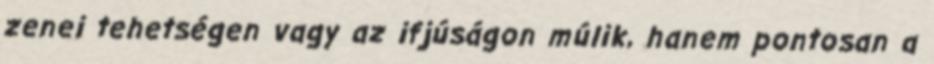
zenei tehetségen vagy az ifjúságon múlik, hanem pontosan a